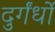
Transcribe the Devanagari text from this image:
दुर्गंधों